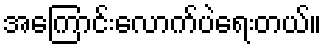
အကြောင်းလောက်ပဲရေးတယ်။